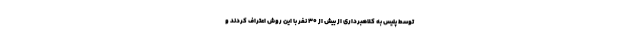
توسط پلیس به کلاهبرداری از بیش از ۳۰ نفر با این روش اعتراف کردند و